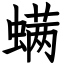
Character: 螨